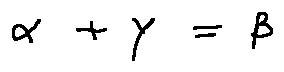
\alpha + \gamma = \beta